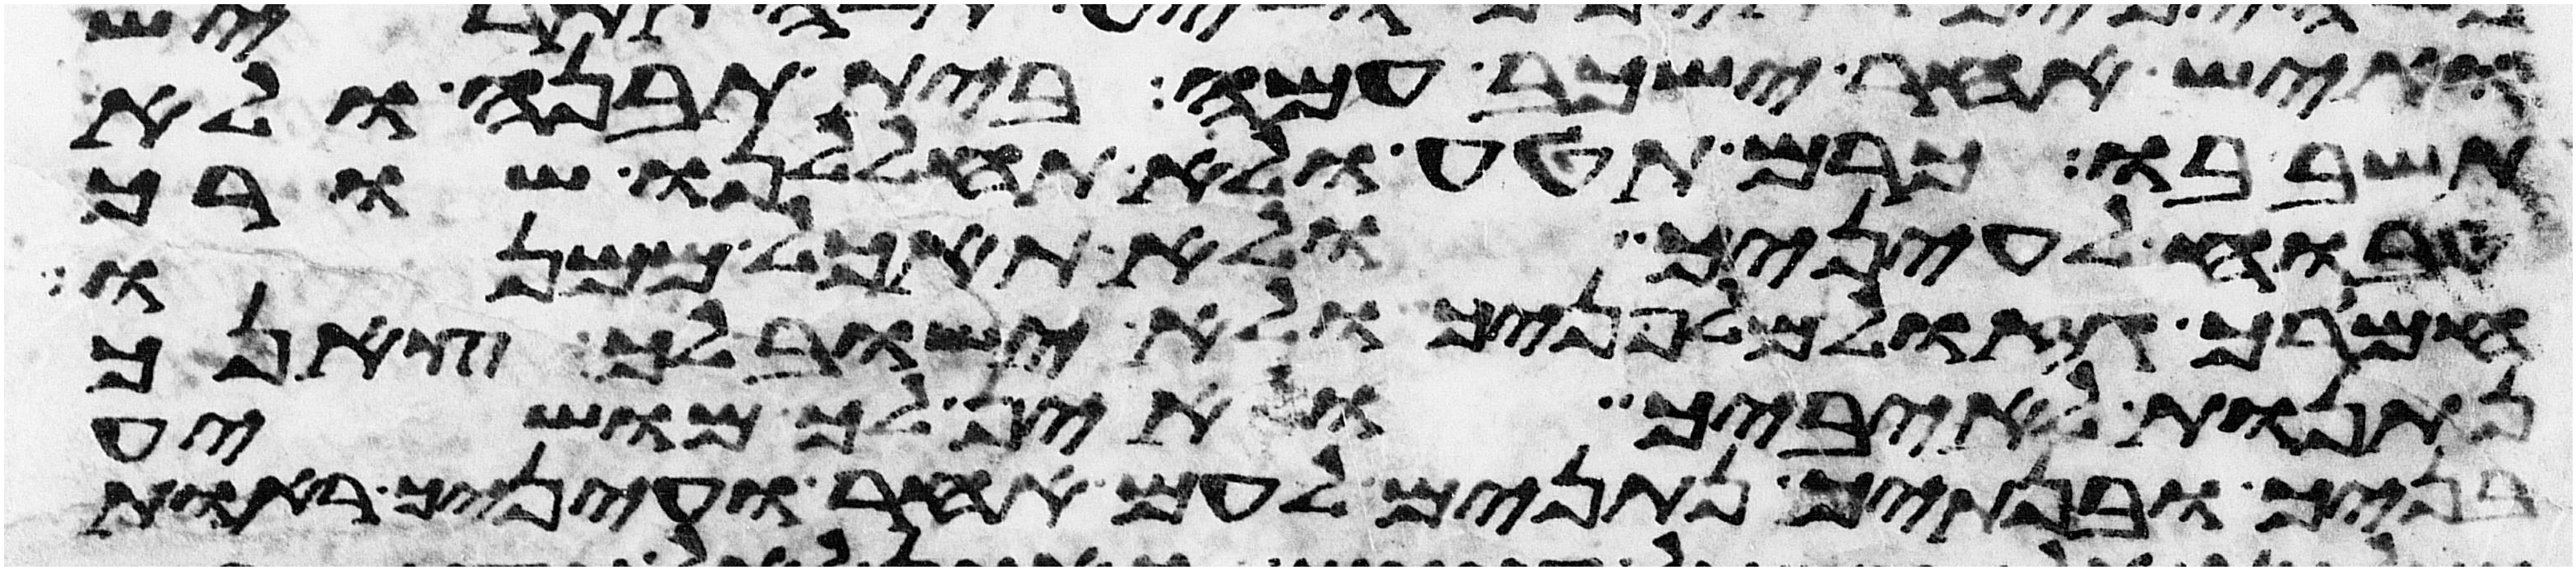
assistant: ואיש אחר ישכב עמה בית תבנה ולא
תשב בו כרם תטע ולא תחללנו שורך
טבוח לעיניך ולא תאכל ממנו
חמורך גזול מלפניך ולא ישוב לך צאנך
נתנות לאיביך ואין לך מושיע
בניך ובנתיך נתנים לעם אחר ועיניך ראות